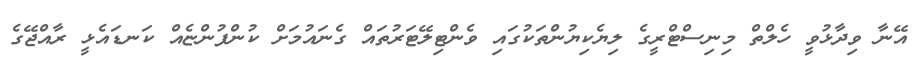
އޭނާ ވިދާޅުވީ ހެލްތް މިިނިސްޓްރީގެ ލިޔެކިޔުންތަކުގައި ވެންޓިލޭޓަރުތައް ގެނައުމަށް ކުންފުންޏެއް ކަނޑައެޅީ ރާއްޖޭގެ